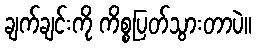
ချက်ချင်းကို ကိစ္စပြတ်သွားတာပဲ။